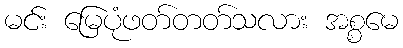
မင်း မြေပုံဖတ်တတ်သလား အစ္စမေ